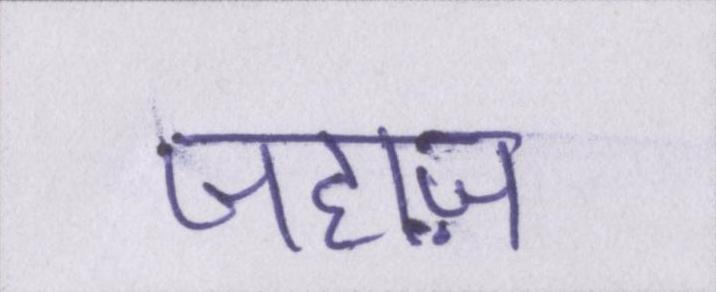
जहाज़